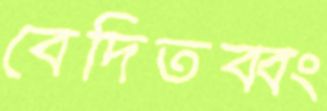
বেদিতব্বং